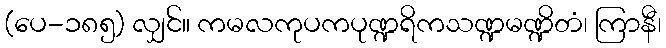
(ပေ-၁၈၅) လျှင်။ ကမလကုပကပုဏ္ဍရိကသဏ္ဍမဏ္ဍိတံ၊ ကြာနီ၊